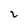
Character: 2